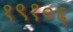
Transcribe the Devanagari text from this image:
१९१०६